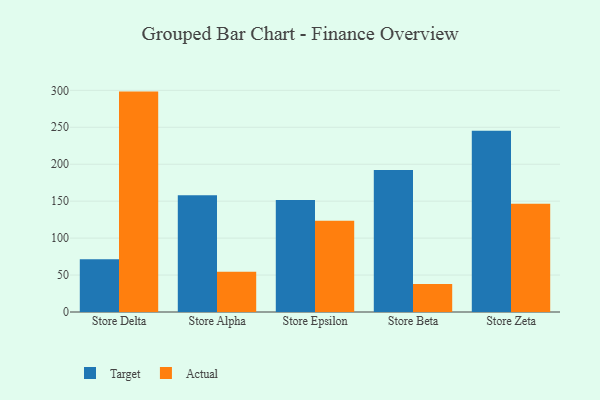
{"axis": {"x": "Store", "y": "Page Views"}, "legend": ["Actual", "Target"], "data": [{"x": "Store Delta", "y": 71.5, "type": "Target"}, {"x": "Store Delta", "y": 298.3, "type": "Actual"}, {"x": "Store Alpha", "y": 158.1, "type": "Target"}, {"x": "Store Alpha", "y": 54.5, "type": "Actual"}, {"x": "Store Epsilon", "y": 151.5, "type": "Target"}, {"x": "Store Epsilon", "y": 123.5, "type": "Actual"}, {"x": "Store Beta", "y": 192.1, "type": "Target"}, {"x": "Store Beta", "y": 38.0, "type": "Actual"}, {"x": "Store Zeta", "y": 245.4, "type": "Target"}, {"x": "Store Zeta", "y": 146.5, "type": "Actual"}]}